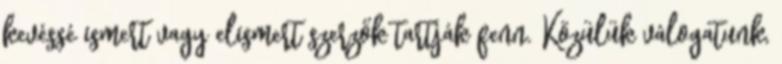
kevéssé ismert vagy elismert szerzők tartják fenn. Közülük válogatunk,